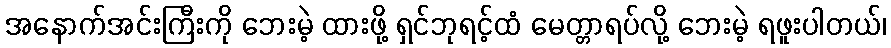
အနောက်အင်းကြီးကို ဘေးမဲ့ ထားဖို့ ရှင်ဘုရင့်ထံ မေတ္တာရပ်လို့ ဘေးမဲ့ ရဖူးပါတယ်၊